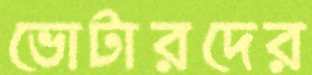
ভোটারদের